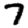
Digit: 7